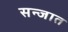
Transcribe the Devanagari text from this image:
सन्जात